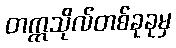
တက္ကသိုလ်တစ်ခုခုမှ